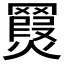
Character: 𦌨